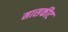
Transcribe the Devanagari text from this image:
मासकीट